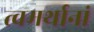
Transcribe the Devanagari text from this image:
त्वमर्थानां